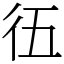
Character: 鿉